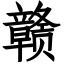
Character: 赣